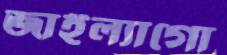
জাইল্যাগো